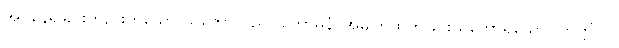
အိပ်နေရခြင်းတည်းဟူသော သဘောသည်။ ကောဓနံ၊ အမျက်ထွက်ခြင်းသဘောရှိသော။ ဣတ္တိံ ဝါ၊